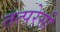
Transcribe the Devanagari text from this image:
तत्परेसी